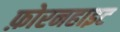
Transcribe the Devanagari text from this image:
फ़ोरनहाइट